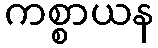
ကစ္စာယန